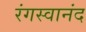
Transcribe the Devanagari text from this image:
रंगस्वानंद